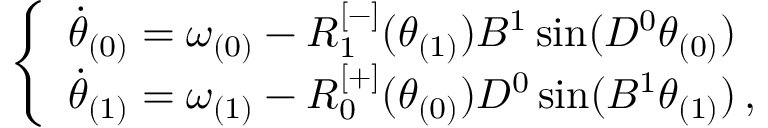
\begin{array} { r } { \left\{ \begin{array} { l l } { \Dot { \theta } _ { ( 0 ) } = \omega _ { ( 0 ) } - R _ { 1 } ^ { [ - ] } ( \theta _ { ( 1 ) } ) B ^ { 1 } \sin ( D ^ { 0 } \theta _ { ( 0 ) } ) } \\ { \Dot { \theta } _ { ( 1 ) } = \omega _ { ( 1 ) } - R _ { 0 } ^ { [ + ] } ( \theta _ { ( 0 ) } ) D ^ { 0 } \sin ( B ^ { 1 } \theta _ { ( 1 ) } ) \, , } \end{array} \right. } \end{array}